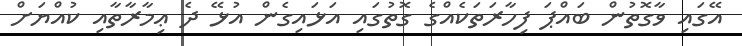
އޭގައި ވާގޮތުން ބައްޕަ ފިހާރަތަކެއްގެ ގޮތުގައި އަޅައިގެން އުޅޭ ދެ ޢިމާރާތާއި ކުއްޔަށް